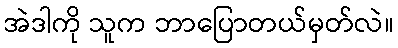
အဲဒါကို သူက ဘာပြောတယ်မှတ်လဲ။